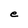
Character: e